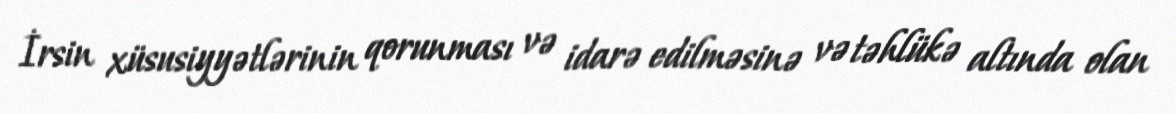
İrsin xüsusiyyətlərinin qorunması və idarə edilməsinə və təhlükə altında olan